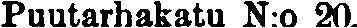
Puutarhakatu N:o 20.